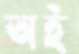
অই